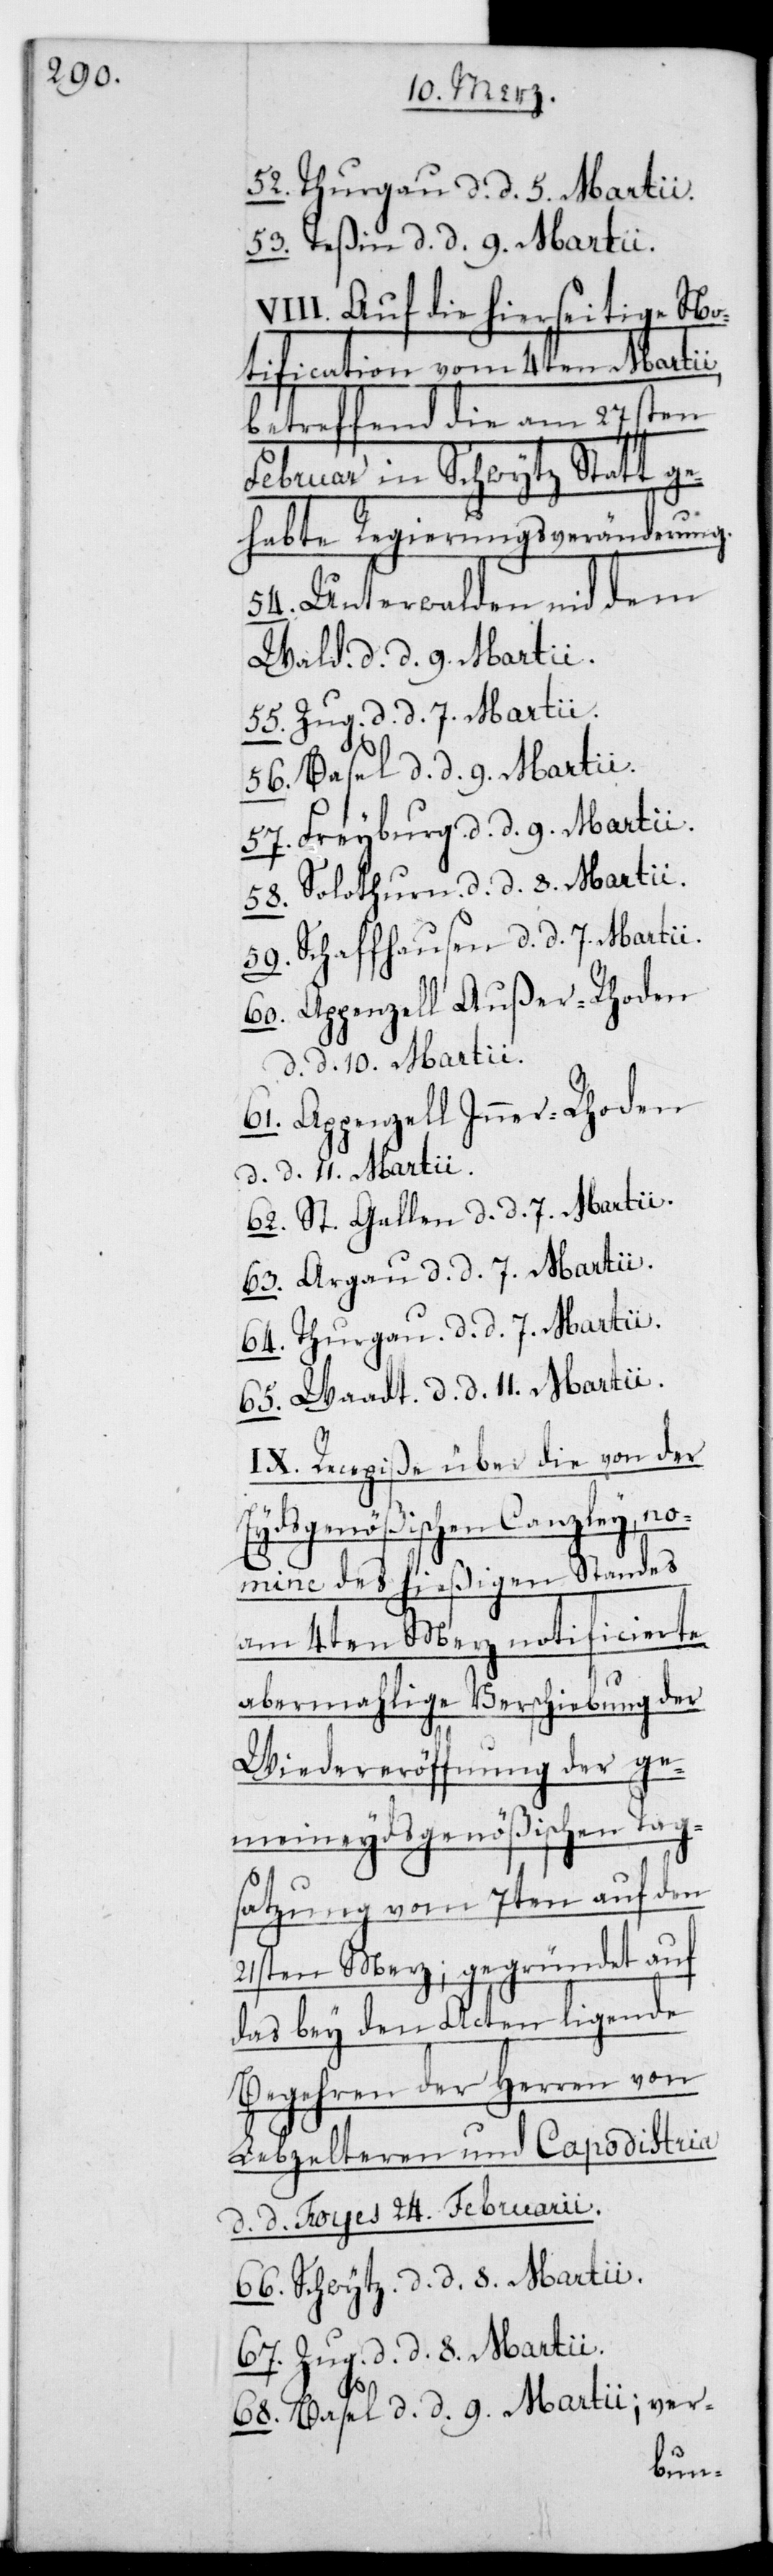
52. Thurgau, d. d. 5. Martii.
53. Teßin, d. d. 9. Martii.
VIII. Auf die hierseitige No¬
tification vom 4ten Martii,
betreffend die am 27sten
Februar in Schwytz Statt ge¬
habte Regierungsveränderung.
54. Unterwalden nid dem
Wald, d. d. 9. Martii.
55. Zug, d. d. 7. Martii.
56. Basel, d. d. 9. Martii.
57. Freyburg, d. d. 9. Martii.
58. Solothurn, d. d. 8. Martii.
59. Schaffhausen, d. d. 7. Martii.
60. Appenzell Außer-Rhoden,
d. d. 10. Martii.
61. Appenzell Inner-Rhoden,
d. d. 11. Martii.
62. St. Gallen, d. d. 7. Martii.
63. Argau, d. d. 7. Martii.
64. Thurgau, d. d. 7. Martii.
65. Waadt, d. d. 11. Martii.
IX. Recepiße über die von der
Eydsgenößischen Canzley, no¬
mine des hießigen Standes
am 4ten Merz notificierte
abermalige Verschiebung der
Wiedereröffnung der ge¬
meineydsgenößischen Tag¬
satzung vom 7ten auf den
21sten Merz; gegründet auf
das bey den Acten ligende
Begehren der Herren von
Lebzeltern und Capodistria,
d. d. Foyes 24sten Februarii.
66. Schwytz, d. d. 8. Martii.
67. Zug, d. d. 8. Martii.
68. Basel, d. d. 9. Martii, ver-